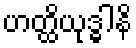
ဟတ္ထိယုဒ္ဓါနိ